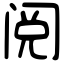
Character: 阅